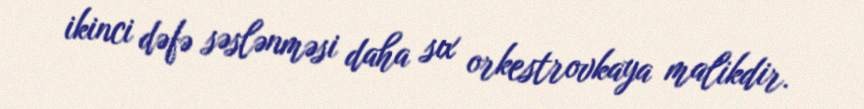
ikinci dəfə səslənməsi daha sıx orkestrovkaya malikdir.